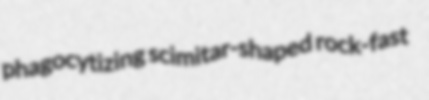
phagocytizing scimitar-shaped rock-fast